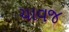
ચાવજ